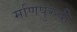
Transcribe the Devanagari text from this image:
मणिपुरची